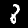
Digit: 8